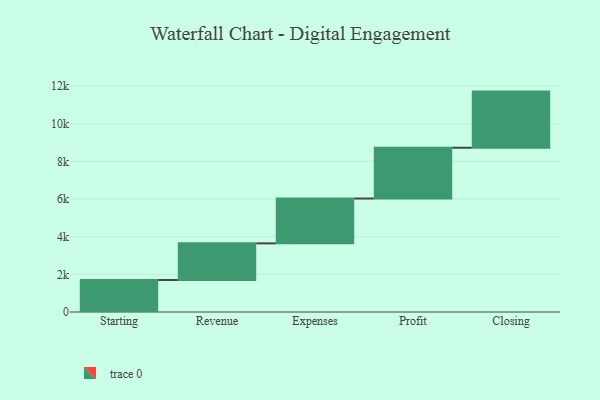
{"axis": {"x": "Step", "y": "Value"}, "legend": [""], "data": [{"x": "Starting", "y": 1700.0, "type": ""}, {"x": "Revenue", "y": 1945.0, "type": ""}, {"x": "Expenses", "y": 2382.0, "type": ""}, {"x": "Profit", "y": 2697.0, "type": ""}, {"x": "Closing", "y": 2982.0, "type": ""}]}